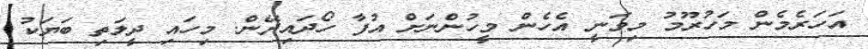
އަހަރެމެން މަހުރޫމު މިވަނީ އެހެން މީހުންނަށް އުފާ ހޯދައިދޭން. މިހައި ދީލަތި ބަޔަކު